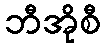
ဘီအိုစီ